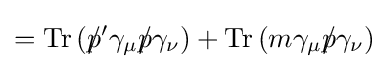
=\operatorname {Tr} \left(p\!\!\!/'\gamma _{\mu }p\!\!\!/\gamma _{\nu }\right)+\operatorname {Tr} \left(m\gamma _{\mu }p\!\!\!/\gamma _{\nu }\right)